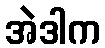
အဲဒါက